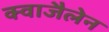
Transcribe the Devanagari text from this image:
क्वाजैलेन